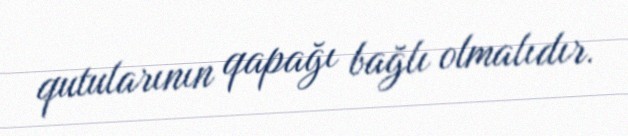
qutularının qapağı bağlı olmalıdır.